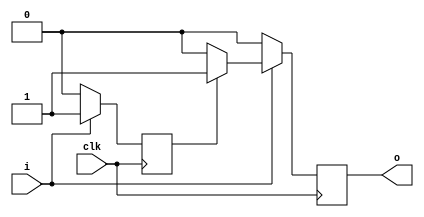
`timescale 1ns / 1ns

module debouncer(
        input i,
        input clk,
        output reg o
    );

reg ls = 0;

always @(posedge clk)
begin
if(i)
    begin
    if(ls)
        begin
        o = 1;
        ls = i;
        end
    else
        begin
        o = 0;
        ls = i;
        end
    end
else
    begin
    o = 0;
    ls = i;
    end
end
endmodule